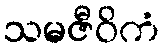
သမဇီဝိကံ